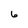
Character: 6